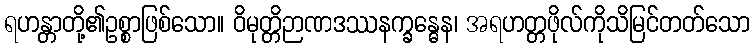
ရဟန္တာတို့၏ဥစ္စာဖြစ်သော။ ဝိမုတ္တိဉာဏဒဿနက္ခန္ဓေန၊ အရဟတ္တဖိုလ်ကိုသိမြင်တတ်သော